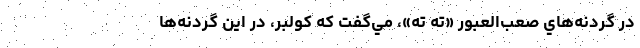
در گردنه‌هاي صعب‌العبور «ته ته»، مي‌گفت كه كولبر، در اين گردنه‌ها